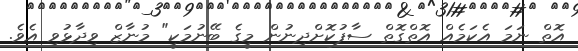
އޮތް ނަމަ އެކަމެއް އޮތްގޮތް ސާފުކޮށްދިނުން މީގެ ބޭނުމަކީ" މުނާޒް ވިދާޅުވި އެވެ.